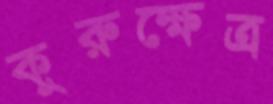
কুরুক্ষেত্র